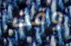
وقت